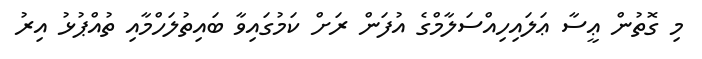
މި ގޮތުން ޢީސާ ޢަލައިހިއްސަލާމްގެ އުފަން ރަށް ކަމުގައިވާ ބައިތުލަހްމާއި ތުއްޕުޅު އިރު